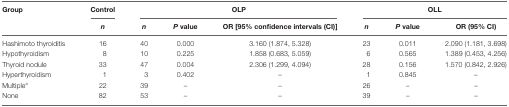
| <ROWSPAN=2> Group | Control | <COLSPAN=3> OLP | <COLSPAN=3> OLL |
 | n | n | P value | OR [95% confidence intervals (CI)] | n | P value | OR (95% CI) |
 | --- | --- | --- | --- | --- | --- | --- | --- |
 | Hashimoto thyroiditis | 16 | 40 | 0.000 | 3.160 (1.874, 5.328) | 23 | 0.011 | 2.090 (1.181, 3.698) |
 | Hypothyroidism | 8 | 10 | 0.225 | 1.858 (0.683, 5.059) | 6 | 0.565 | 1.389 (0.453, 4.256) |
 | Thyroid nodule | 33 | 47 | 0.004 | 2.306 (1.299, 4.094) | 28 | 0.156 | 1.570 (0.842, 2.926) |
 | Hyperthyroidism | 1 | 3 | 0.402 | – | 1 | 0.845 | – |
 | Multiplea | 22 | 39 | – | – | 26 | – | – |
 | None | 82 | 53 | – | – | 39 | – | – |